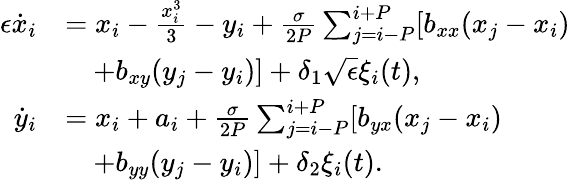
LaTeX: \begin{array}{rl}{\epsilon\dot{x}_{i}}&{=x_{i}-\frac{x_{i}^{3}}{3}-y_{i}+\frac{\sigma}{2P}\sum_{j=i-P}^{i+P}[b_{xx}(x_{j}-x_{i})}\\ &{\quad+b_{xy}(y_{j}-y_{i})]+\delta_{1}\sqrt{\epsilon}\xi_{i}(t),}\\ {\dot{y}_{i}}&{=x_{i}+a_{i}+\frac{\sigma}{2P}\sum_{j=i-P}^{i+P}[b_{yx}(x_{j}-x_{i})}\\ &{\quad+b_{yy}(y_{j}-y_{i})]+\delta_{2}\xi_{i}(t).}\end{array}